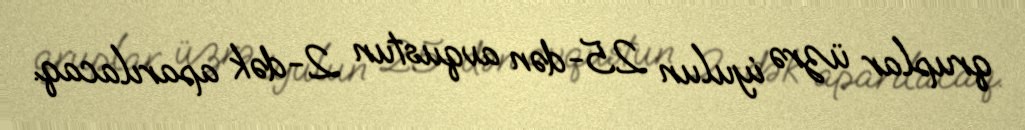
qruplar üzrə iyulun 25-dən avqustun 2-dək aparılacaq.